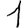
Digit: 1